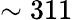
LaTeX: \sim 311